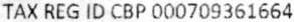
TAX REG ID CBP 000709361664